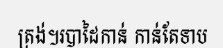
ត្រង់។របាដៃកាន់ កាន់តែទាប